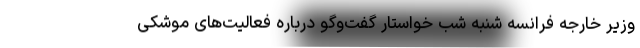
وزیر خارجه فرانسه شنبه شب خواستار گفت‌وگو درباره فعالیت‌های موشکی